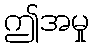
ဤအမှု